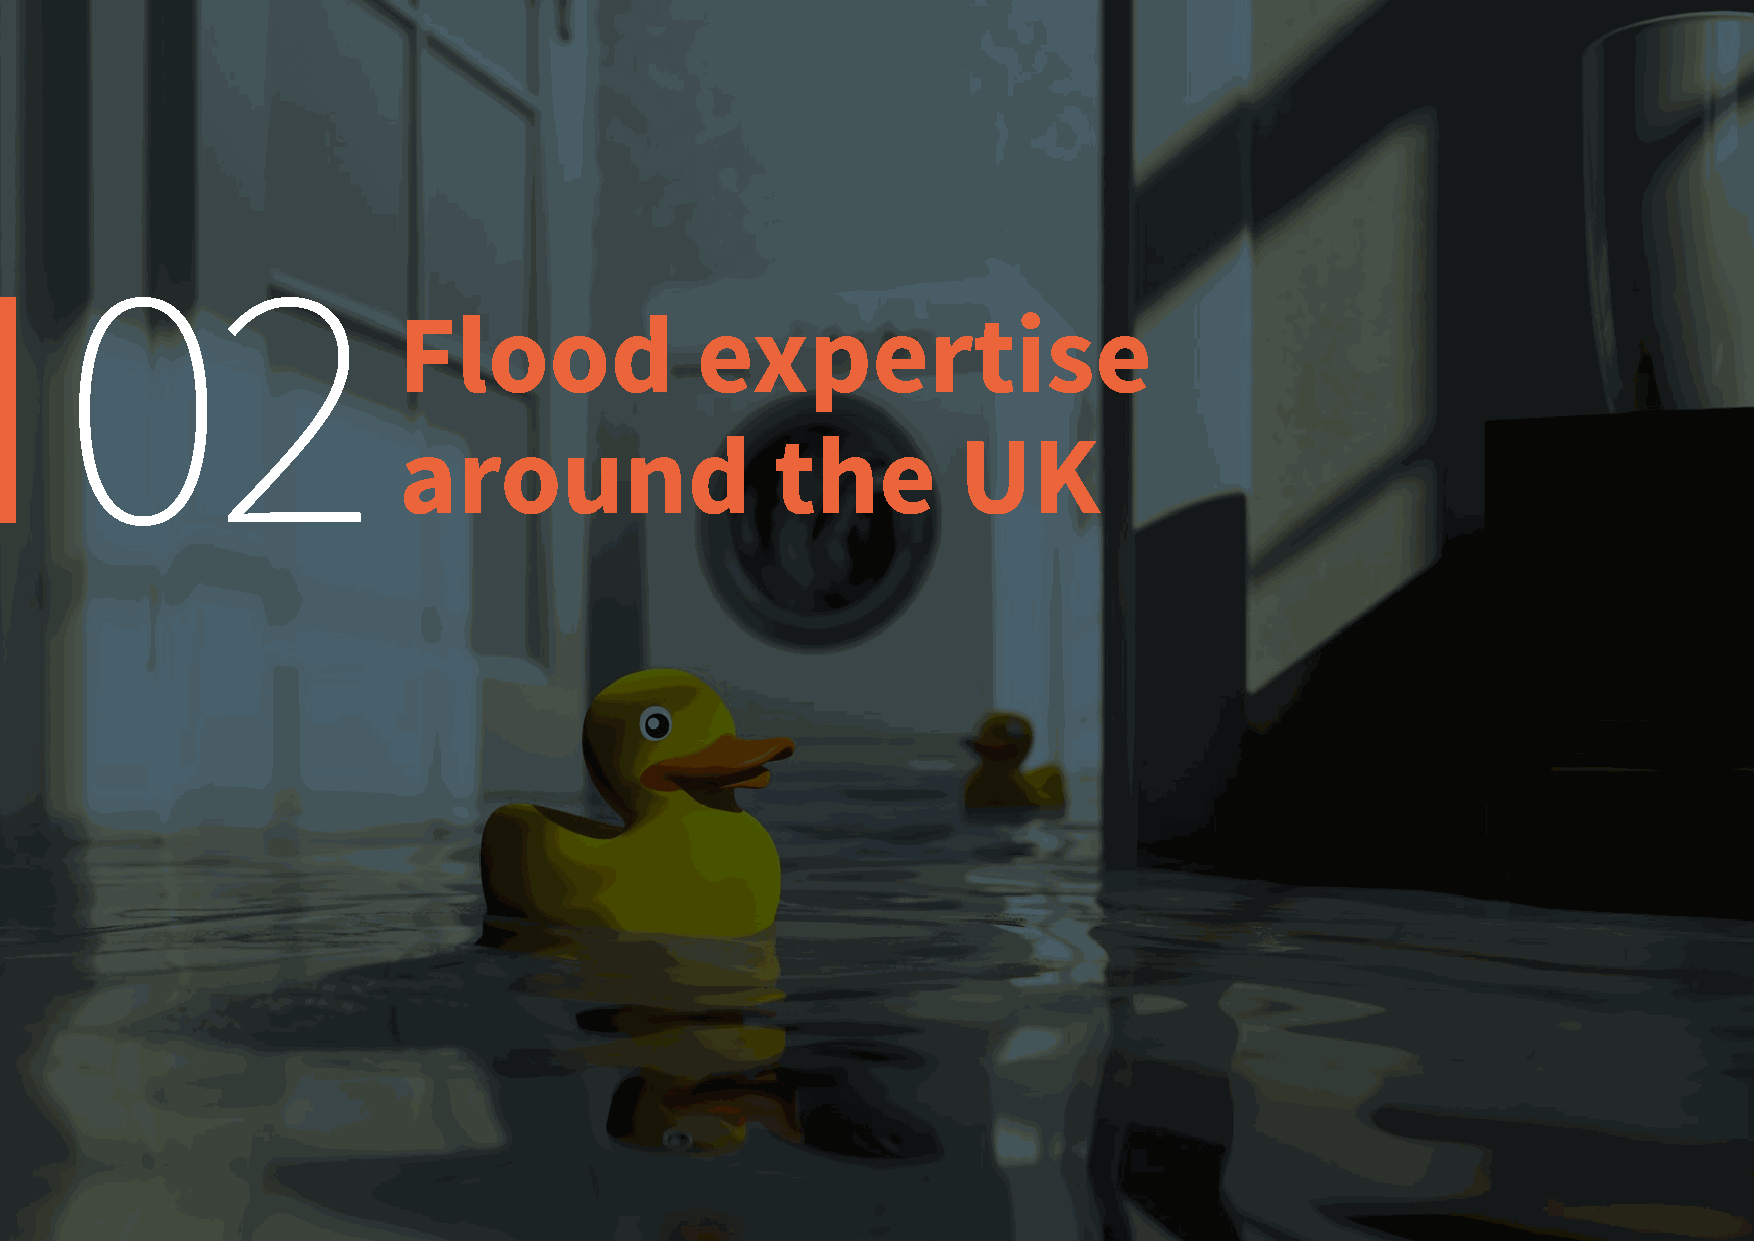
02
 Flood               expertise
 around                   the          UK
 16  Homeowners guide to flood resilience: a living document